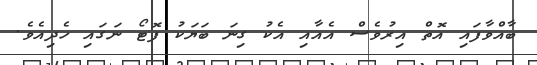
ބާއްވާފައި އޮތް އިރުވެސް އެއާއި އެކު ގިނަ ބަޔަކު ފޮޓޯ ނަގައި ހެދިއެވެ.